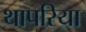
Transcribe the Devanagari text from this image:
थापरिया